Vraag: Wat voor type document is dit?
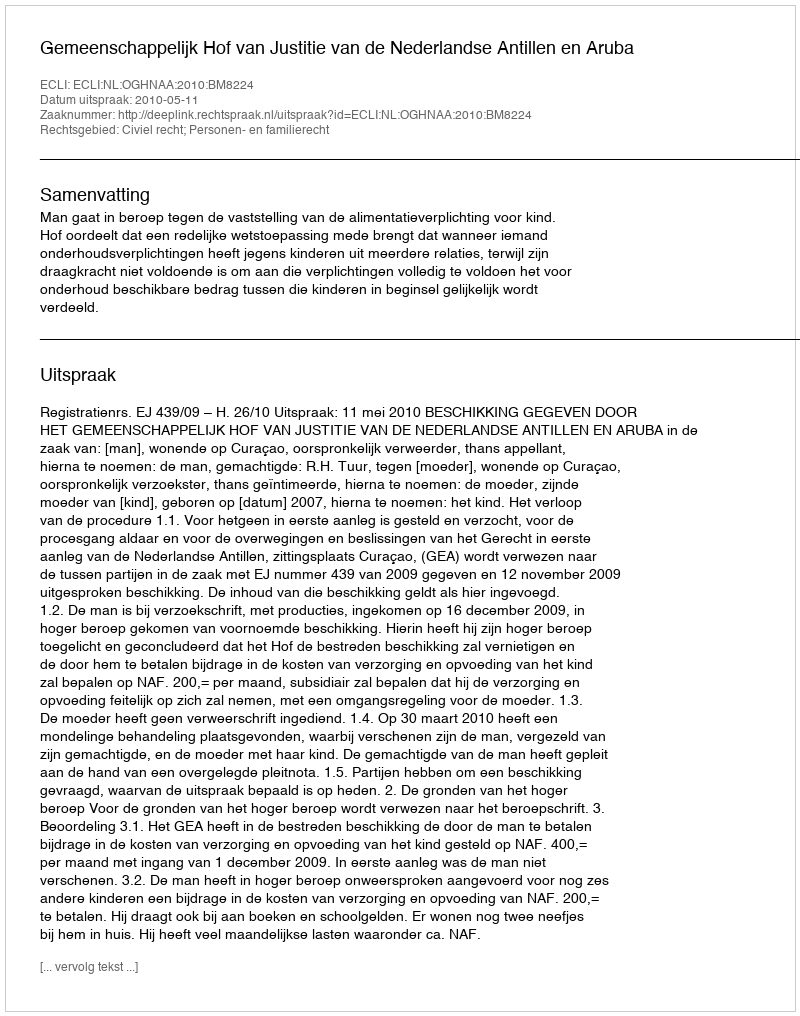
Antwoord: Uitspraak